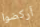
أركضوا